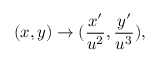
( x , y ) \rightarrow ( \frac { x ^ { \prime } } { u ^ { 2 } } , \frac { y ^ { \prime } } { u ^ { 3 } } ) ,